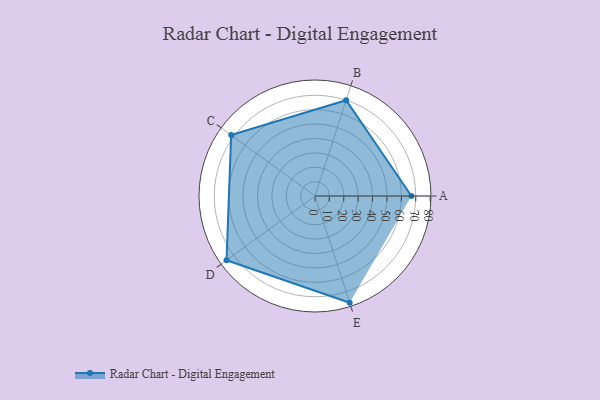
{"axis": {"x": "Skill", "y": "Score"}, "legend": ["Profile"], "data": [{"x": "A", "y": 67.0, "type": "Profile"}, {"x": "B", "y": 70.0, "type": "Profile"}, {"x": "C", "y": 72.0, "type": "Profile"}, {"x": "D", "y": 76.0, "type": "Profile"}, {"x": "E", "y": 78.0, "type": "Profile"}]}